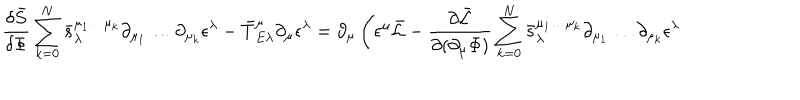
LaTeX: \frac { \delta \bar { S } } { \delta \Phi } \sum _ { k = 0 } ^ { N } \bar { s } _ { \lambda } ^ { \mu _ { 1 } \dots \mu _ { k } } \partial _ { \mu _ { 1 } } \dots \partial _ { \mu _ { k } } \epsilon ^ { \lambda } - \bar { T } _ { E \lambda } ^ { \mu } \partial _ { \mu } \epsilon ^ { \lambda } = \partial _ { \mu } \left( \epsilon ^ { \mu } \bar { { \cal L } } - \frac { \partial \bar { { \cal L } } } { \partial ( \partial _ { \mu } \Phi ) } \sum _ { k = 0 } ^ { N } \bar { s } _ { \lambda } ^ { \mu _ { 1 } \dots \mu _ { k } } \partial _ { \mu _ { 1 } } \dots \partial _ { \mu _ { k } } \epsilon ^ { \lambda } \right.